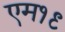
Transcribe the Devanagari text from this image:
एम१९